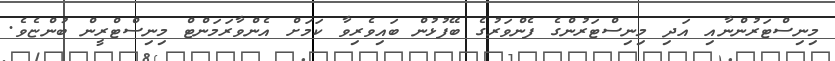
މިނިސްޓަރުންނާއި އަދި މިނިސްޓަރުންގެ ފެންވަރުގެ ބޭފުޅުން ބައިވެރިވާ ކަމަށް އެންވާރަމަންޓް މިނިސްޓްރީން ބުންޏެވެ.